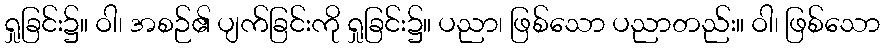
ရှုခြင်း၌။ ဝါ၊ အစဉ်၏ ပျက်ခြင်းကို ရှုခြင်း၌။ ပညာ၊ ဖြစ်သော ပညာတည်း။ ဝါ၊ ဖြစ်သော